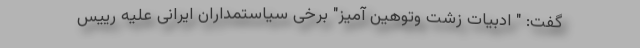
گفت: " ادبیات زشت وتوهین آمیز" برخی سیاستمداران ایرانی علیه رییس